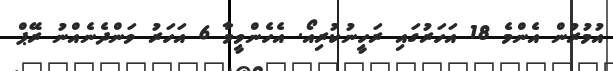
އުމުރުން އެންމެ 18 އަހަރުގައި ރަހީނުކުރިއޯ. އެހެންވީމާ 6 އަހަރު ވަންދެނެއްނު ރޭޕް